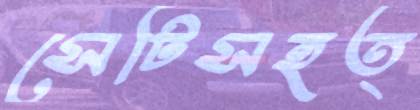
সেটিসহত্